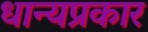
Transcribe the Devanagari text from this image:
धान्यप्रकार